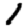
Digit: 1